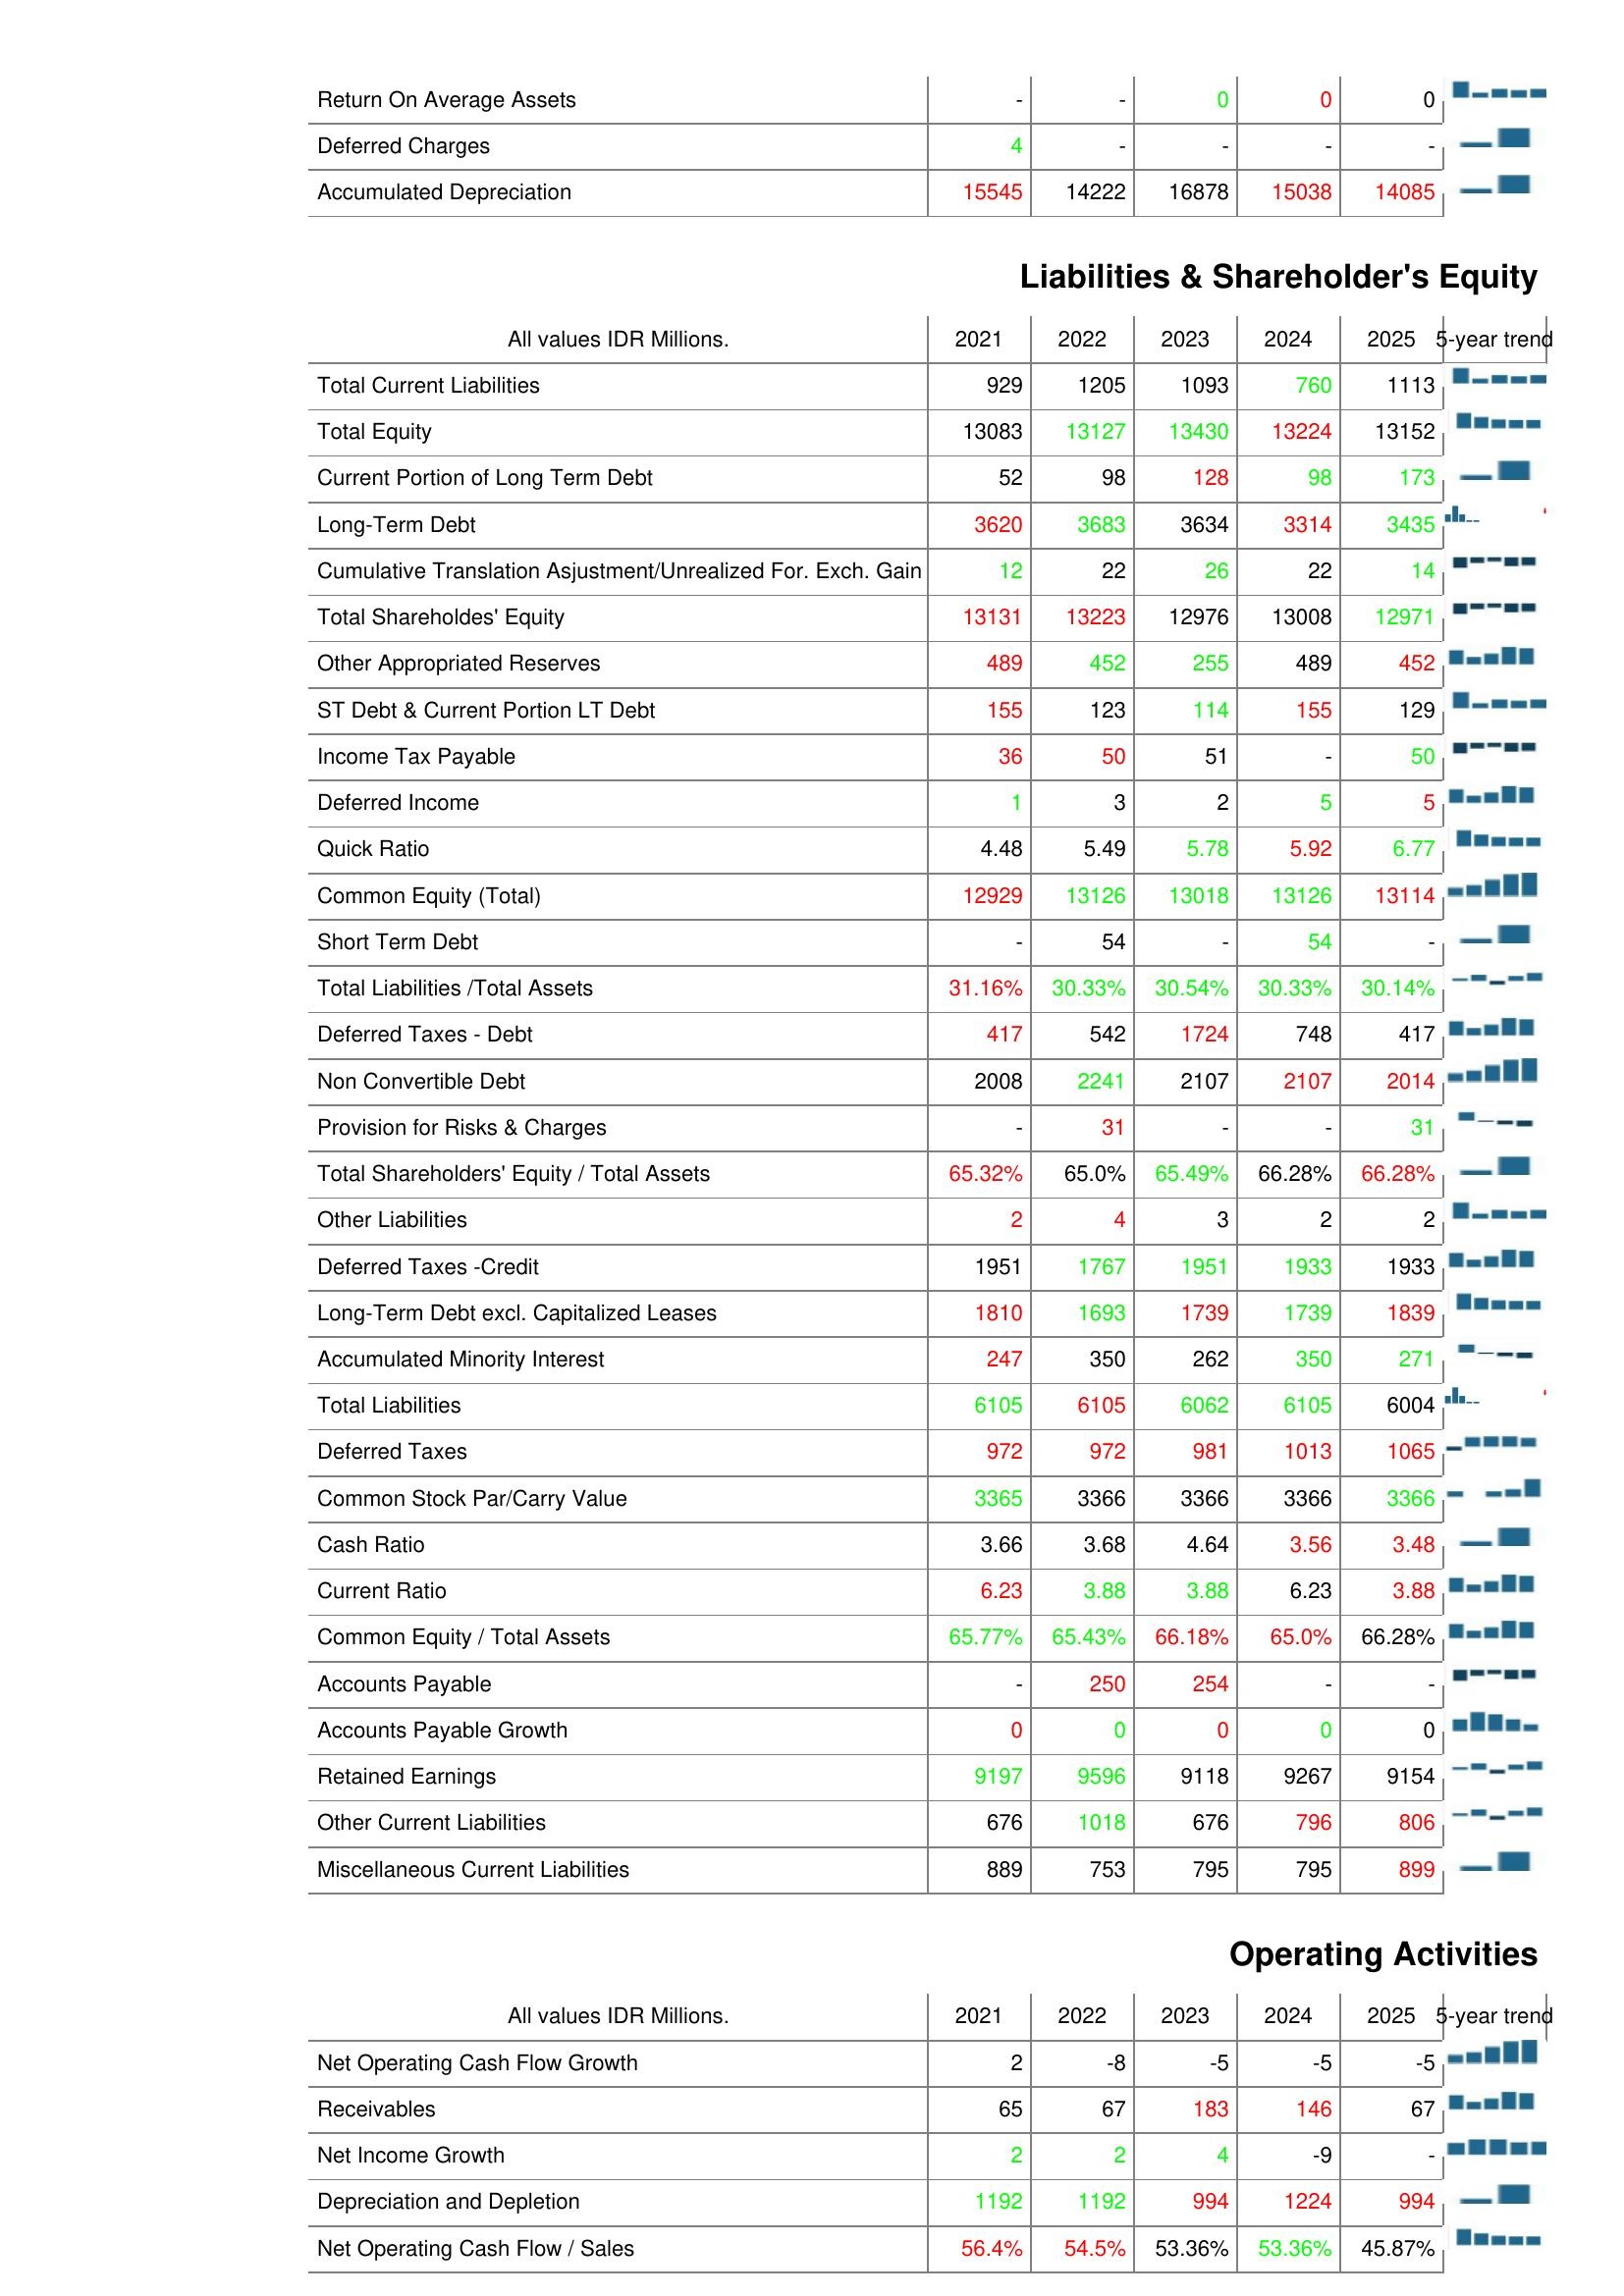
2021: Assets: Return On Average Assets: -
Deferred Charges: 4
Accumulated Depreciation: 15545
Liabilities & Shareholder's Equity: Total Current Liabilities: 929
Total Equity: 13083
Current Portion of Long Term Debt: 52
Long-Term Debt: 3620
Cumulative Translation Asjustment/Unrealized For. Exch. Gain: 12
Total Shareholdes' Equity: 13131
Other Appropriated Reserves: 489
ST Debt & Current Portion LT Debt: 155
Income Tax Payable: 36
Deferred Income: 1
Quick Ratio: 4.48
Common Equity (Total): 12929
Short Term Debt: -
Total Liabilities /Total Assets: 31.16%
Deferred Taxes - Debt: 417
Non Convertible Debt: 2008
Provision for Risks & Charges: -
Total Shareholders' Equity / Total Assets: 65.32%
Other Liabilities: 2
Deferred Taxes -Credit: 1951
Long-Term Debt excl. Capitalized Leases: 1810
Accumulated Minority Interest: 247
Total Liabilities: 6105
Deferred Taxes: 972
Common Stock Par/Carry Value: 3365
Cash Ratio: 3.66
Current Ratio: 6.23
Common Equity / Total Assets: 65.77%
Accounts Payable: -
Accounts Payable Growth: 0
Retained Earnings: 9197
Other Current Liabilities: 676
Miscellaneous Current Liabilities: 889
Operating Activities: Net Operating Cash Flow Growth: 2
Receivables: 65
Net Income Growth: 2
Depreciation and Depletion: 1192
Net Operating Cash Flow / Sales: 56.4%
2022: Assets: Return On Average Assets: -
Deferred Charges: -
Accumulated Depreciation: 14222
Liabilities & Shareholder's Equity: Total Current Liabilities: 1205
Total Equity: 13127
Current Portion of Long Term Debt: 98
Long-Term Debt: 3683
Cumulative Translation Asjustment/Unrealized For. Exch. Gain: 22
Total Shareholdes' Equity: 13223
Other Appropriated Reserves: 452
ST Debt & Current Portion LT Debt: 123
Income Tax Payable: 50
Deferred Income: 3
Quick Ratio: 5.49
Common Equity (Total): 13126
Short Term Debt: 54
Total Liabilities /Total Assets: 30.33%
Deferred Taxes - Debt: 542
Non Convertible Debt: 2241
Provision for Risks & Charges: 31
Total Shareholders' Equity / Total Assets: 65.0%
Other Liabilities: 4
Deferred Taxes -Credit: 1767
Long-Term Debt excl. Capitalized Leases: 1693
Accumulated Minority Interest: 350
Total Liabilities: 6105
Deferred Taxes: 972
Common Stock Par/Carry Value: 3366
Cash Ratio: 3.68
Current Ratio: 3.88
Common Equity / Total Assets: 65.43%
Accounts Payable: 250
Accounts Payable Growth: 0
Retained Earnings: 9596
Other Current Liabilities: 1018
Miscellaneous Current Liabilities: 753
Operating Activities: Net Operating Cash Flow Growth: -8
Receivables: 67
Net Income Growth: 2
Depreciation and Depletion: 1192
Net Operating Cash Flow / Sales: 54.5%
2023: Assets: Return On Average Assets: 0
Deferred Charges: -
Accumulated Depreciation: 16878
Liabilities & Shareholder's Equity: Total Current Liabilities: 1093
Total Equity: 13430
Current Portion of Long Term Debt: 128
Long-Term Debt: 3634
Cumulative Translation Asjustment/Unrealized For. Exch. Gain: 26
Total Shareholdes' Equity: 12976
Other Appropriated Reserves: 255
ST Debt & Current Portion LT Debt: 114
Income Tax Payable: 51
Deferred Income: 2
Quick Ratio: 5.78
Common Equity (Total): 13018
Short Term Debt: -
Total Liabilities /Total Assets: 30.54%
Deferred Taxes - Debt: 1724
Non Convertible Debt: 2107
Provision for Risks & Charges: -
Total Shareholders' Equity / Total Assets: 65.49%
Other Liabilities: 3
Deferred Taxes -Credit: 1951
Long-Term Debt excl. Capitalized Leases: 1739
Accumulated Minority Interest: 262
Total Liabilities: 6062
Deferred Taxes: 981
Common Stock Par/Carry Value: 3366
Cash Ratio: 4.64
Current Ratio: 3.88
Common Equity / Total Assets: 66.18%
Accounts Payable: 254
Accounts Payable Growth: 0
Retained Earnings: 9118
Other Current Liabilities: 676
Miscellaneous Current Liabilities: 795
Operating Activities: Net Operating Cash Flow Growth: -5
Receivables: 183
Net Income Growth: 4
Depreciation and Depletion: 994
Net Operating Cash Flow / Sales: 53.36%
2024: Assets: Return On Average Assets: 0
Deferred Charges: -
Accumulated Depreciation: 15038
Liabilities & Shareholder's Equity: Total Current Liabilities: 760
Total Equity: 13224
Current Portion of Long Term Debt: 98
Long-Term Debt: 3314
Cumulative Translation Asjustment/Unrealized For. Exch. Gain: 22
Total Shareholdes' Equity: 13008
Other Appropriated Reserves: 489
ST Debt & Current Portion LT Debt: 155
Income Tax Payable: -
Deferred Income: 5
Quick Ratio: 5.92
Common Equity (Total): 13126
Short Term Debt: 54
Total Liabilities /Total Assets: 30.33%
Deferred Taxes - Debt: 748
Non Convertible Debt: 2107
Provision for Risks & Charges: -
Total Shareholders' Equity / Total Assets: 66.28%
Other Liabilities: 2
Deferred Taxes -Credit: 1933
Long-Term Debt excl. Capitalized Leases: 1739
Accumulated Minority Interest: 350
Total Liabilities: 6105
Deferred Taxes: 1013
Common Stock Par/Carry Value: 3366
Cash Ratio: 3.56
Current Ratio: 6.23
Common Equity / Total Assets: 65.0%
Accounts Payable: -
Accounts Payable Growth: 0
Retained Earnings: 9267
Other Current Liabilities: 796
Miscellaneous Current Liabilities: 795
Operating Activities: Net Operating Cash Flow Growth: -5
Receivables: 146
Net Income Growth: -9
Depreciation and Depletion: 1224
Net Operating Cash Flow / Sales: 53.36%
2025: Assets: Return On Average Assets: 0
Deferred Charges: -
Accumulated Depreciation: 14085
Liabilities & Shareholder's Equity: Total Current Liabilities: 1113
Total Equity: 13152
Current Portion of Long Term Debt: 173
Long-Term Debt: 3435
Cumulative Translation Asjustment/Unrealized For. Exch. Gain: 14
Total Shareholdes' Equity: 12971
Other Appropriated Reserves: 452
ST Debt & Current Portion LT Debt: 129
Income Tax Payable: 50
Deferred Income: 5
Quick Ratio: 6.77
Common Equity (Total): 13114
Short Term Debt: -
Total Liabilities /Total Assets: 30.14%
Deferred Taxes - Debt: 417
Non Convertible Debt: 2014
Provision for Risks & Charges: 31
Total Shareholders' Equity / Total Assets: 66.28%
Other Liabilities: 2
Deferred Taxes -Credit: 1933
Long-Term Debt excl. Capitalized Leases: 1839
Accumulated Minority Interest: 271
Total Liabilities: 6004
Deferred Taxes: 1065
Common Stock Par/Carry Value: 3366
Cash Ratio: 3.48
Current Ratio: 3.88
Common Equity / Total Assets: 66.28%
Accounts Payable: -
Accounts Payable Growth: 0
Retained Earnings: 9154
Other Current Liabilities: 806
Miscellaneous Current Liabilities: 899
Operating Activities: Net Operating Cash Flow Growth: -5
Receivables: 67
Net Income Growth: -
Depreciation and Depletion: 994
Net Operating Cash Flow / Sales: 45.87%